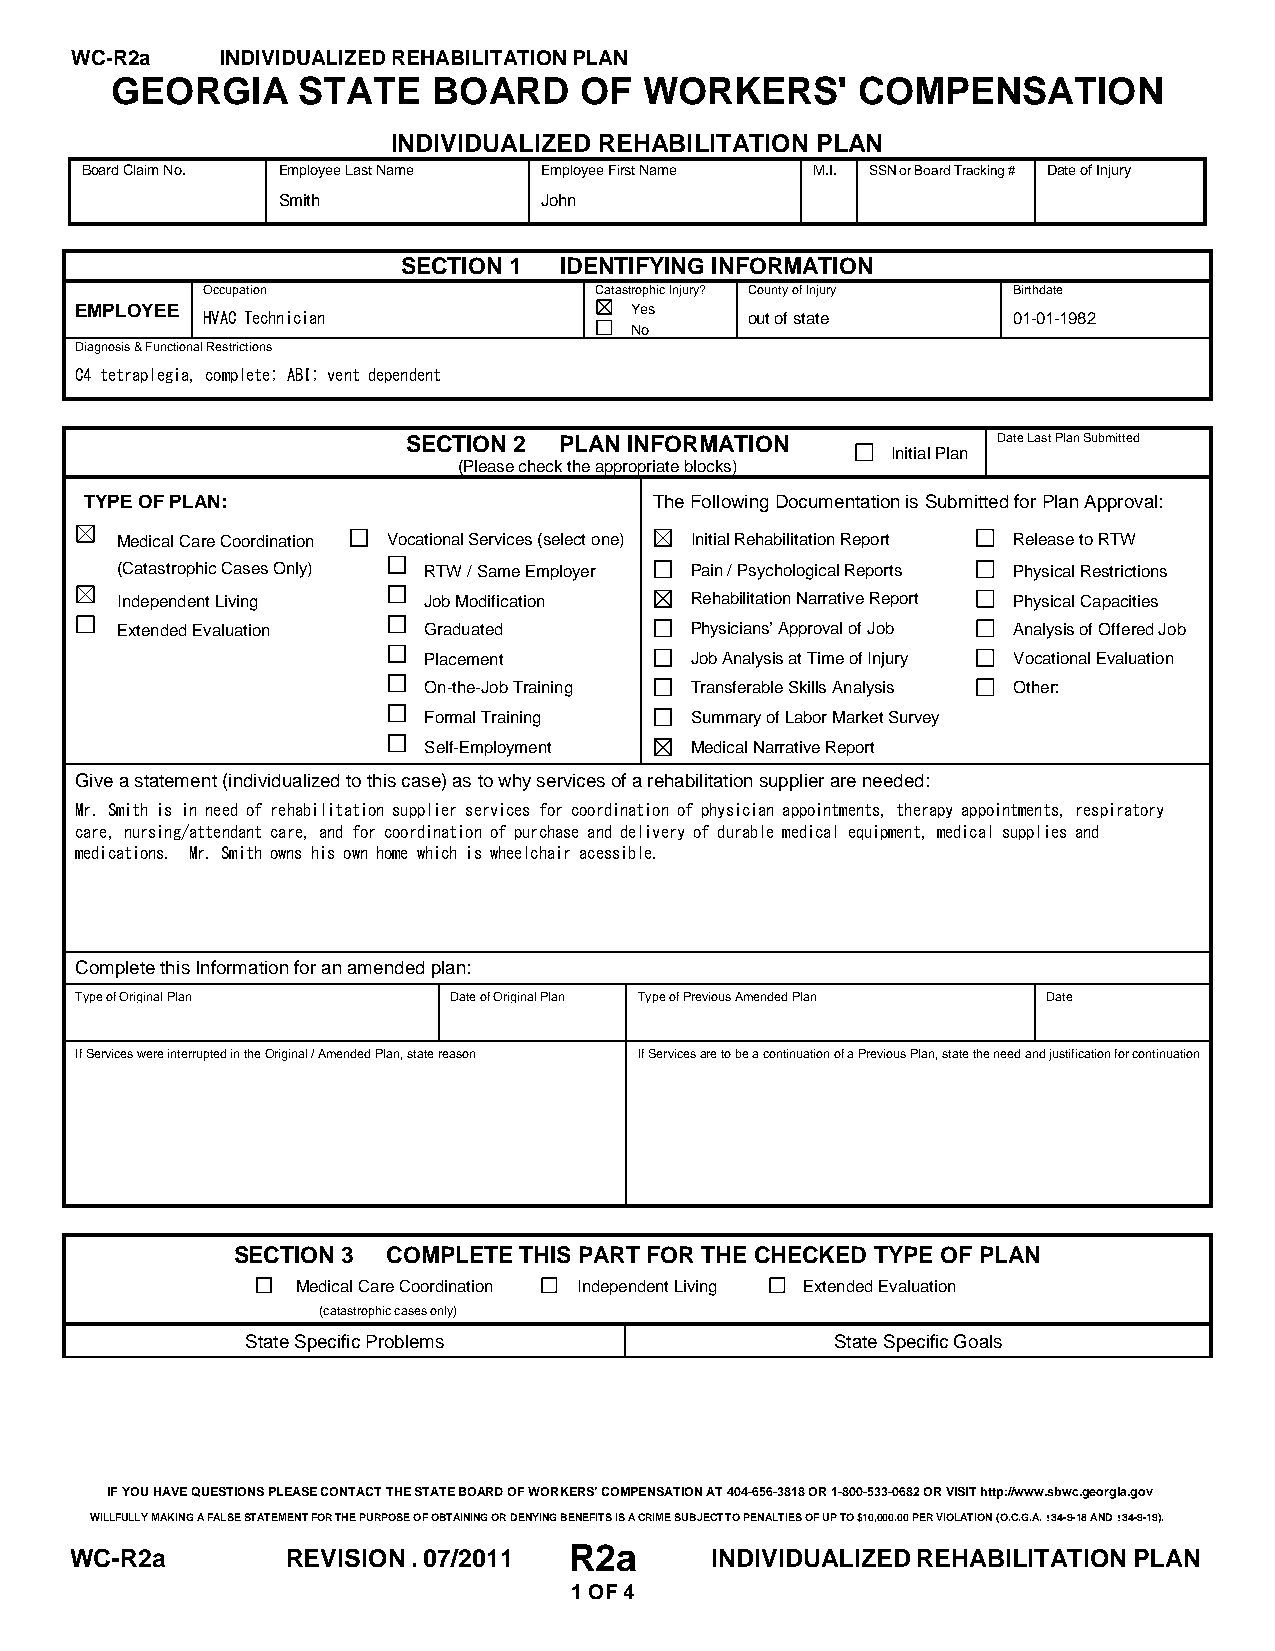
WC-R2a    INDIVIDUALIZED REHABILITATION PLAN
 GEORGIA      STATE    BOARD    OF   WORKERS'      COMPENSATION
 INDIVIDUALIZED REHABILITATION PLAN
 Board Claim No. Employee Last Name Employee First Name M.I. SSN or Board Tracking # Date of Injury
 Smith             John
 SECTION 1 IDENTIFYING INFORMATION
 Occupation                Catastrophic Injury? County of Injury Birthdate
 EMPLOYEE HVAC Technician             Yes     out of state     01-01-1982
 No
 Diagnosis & Functional Restrictions
 C4 tetraplegia, complete; ABI; vent dependent
 SECTION 2 PLAN INFORMATION
 Initial Plan
 Date Last Plan Submitted
 (Please check the appropriate blocks)
 TYPE OF PLAN:                        The Following Documentation is Submitted for Plan Approval:
 Medical Care Coordination Vocational Services (select one) Initial Rehabilitation Report Release to RTW
 (Catastrophic Cases Only) RTW / Same Employer Pain / Psychological Reports Physical Restrictions
 Independent Living  Job Modification  Rehabilitation Narrative Report Physical Capacities
 Extended Evaluation Graduated         Physicians’ Approval of Job Analysis of Offered Job
 Placement         Job Analysis at Time of Injury Vocational Evaluation
 On-the-Job Training Transferable Skills Analysis Other:
 Formal Training   Summary of Labor Market Survey
 Self-Employment   Medical Narrative Report
 Give a statement (individualized to this case) as to why services of a rehabilitation supplier are needed:
 Mr. Smith is in need of rehabilitation supplier services for coordination of physician appointments, therapy appointments, respiratory
 care, nursing/attendant care, and for coordination of purchase and delivery of durable medical equipment, medical supplies and
 medications. Mr. Smith owns his own home which is wheelchair acessible.
 Complete this Information for an amended plan:
 Type of Original Plan    Date of Original Plan Type of Previous Amended Plan Date
 If Services were interrupted in the Original / Amended Plan, state reason If Services are to be a continuation of a Previous Plan, state the need and justification for continuation
 SECTION 3  COMPLETE THIS PART FOR THE CHECKED TYPE OF PLAN
 Medical Care Coordination Independent Living Extended Evaluation
 (catastrophic cases only)
 State Specific Problems                State Specific Goals
 IF YOU HAVE QUESTIONS PLEASE CONTACT THE STATE BOARD OF WORKERS’ COMPENSATION AT 404-656-3818 OR 1-800-533-0682 OR VISIT http://www.sbwc.georgia.gov
 WILLFULLY MAKING A FALSE STATEMENT FOR THE PURPOSE OF OBTAINING OR DENYING BENEFITS IS A CRIME SUBJECT TO PENALTIES OF UP TO $10,000.00 PER VIOLATION (O.C.G.A. !34-9-18 AND !34-9-19).
 WC-R2a        REVISION . 07/2011 R2a      INDIVIDUALIZED REHABILITATION PLAN
 1 OF 4